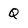
Character: Q